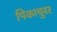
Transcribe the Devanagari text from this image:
पिकाचुवर